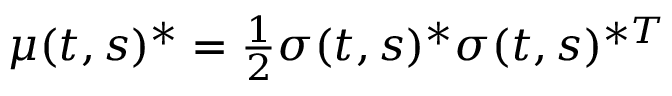
\textstyle \mu ( t , s ) ^ { * } = { \frac { 1 } { 2 } } { \boldsymbol { \sigma } } ( t , s ) ^ { * } { \boldsymbol { \sigma } } ( t , s ) ^ { * T }